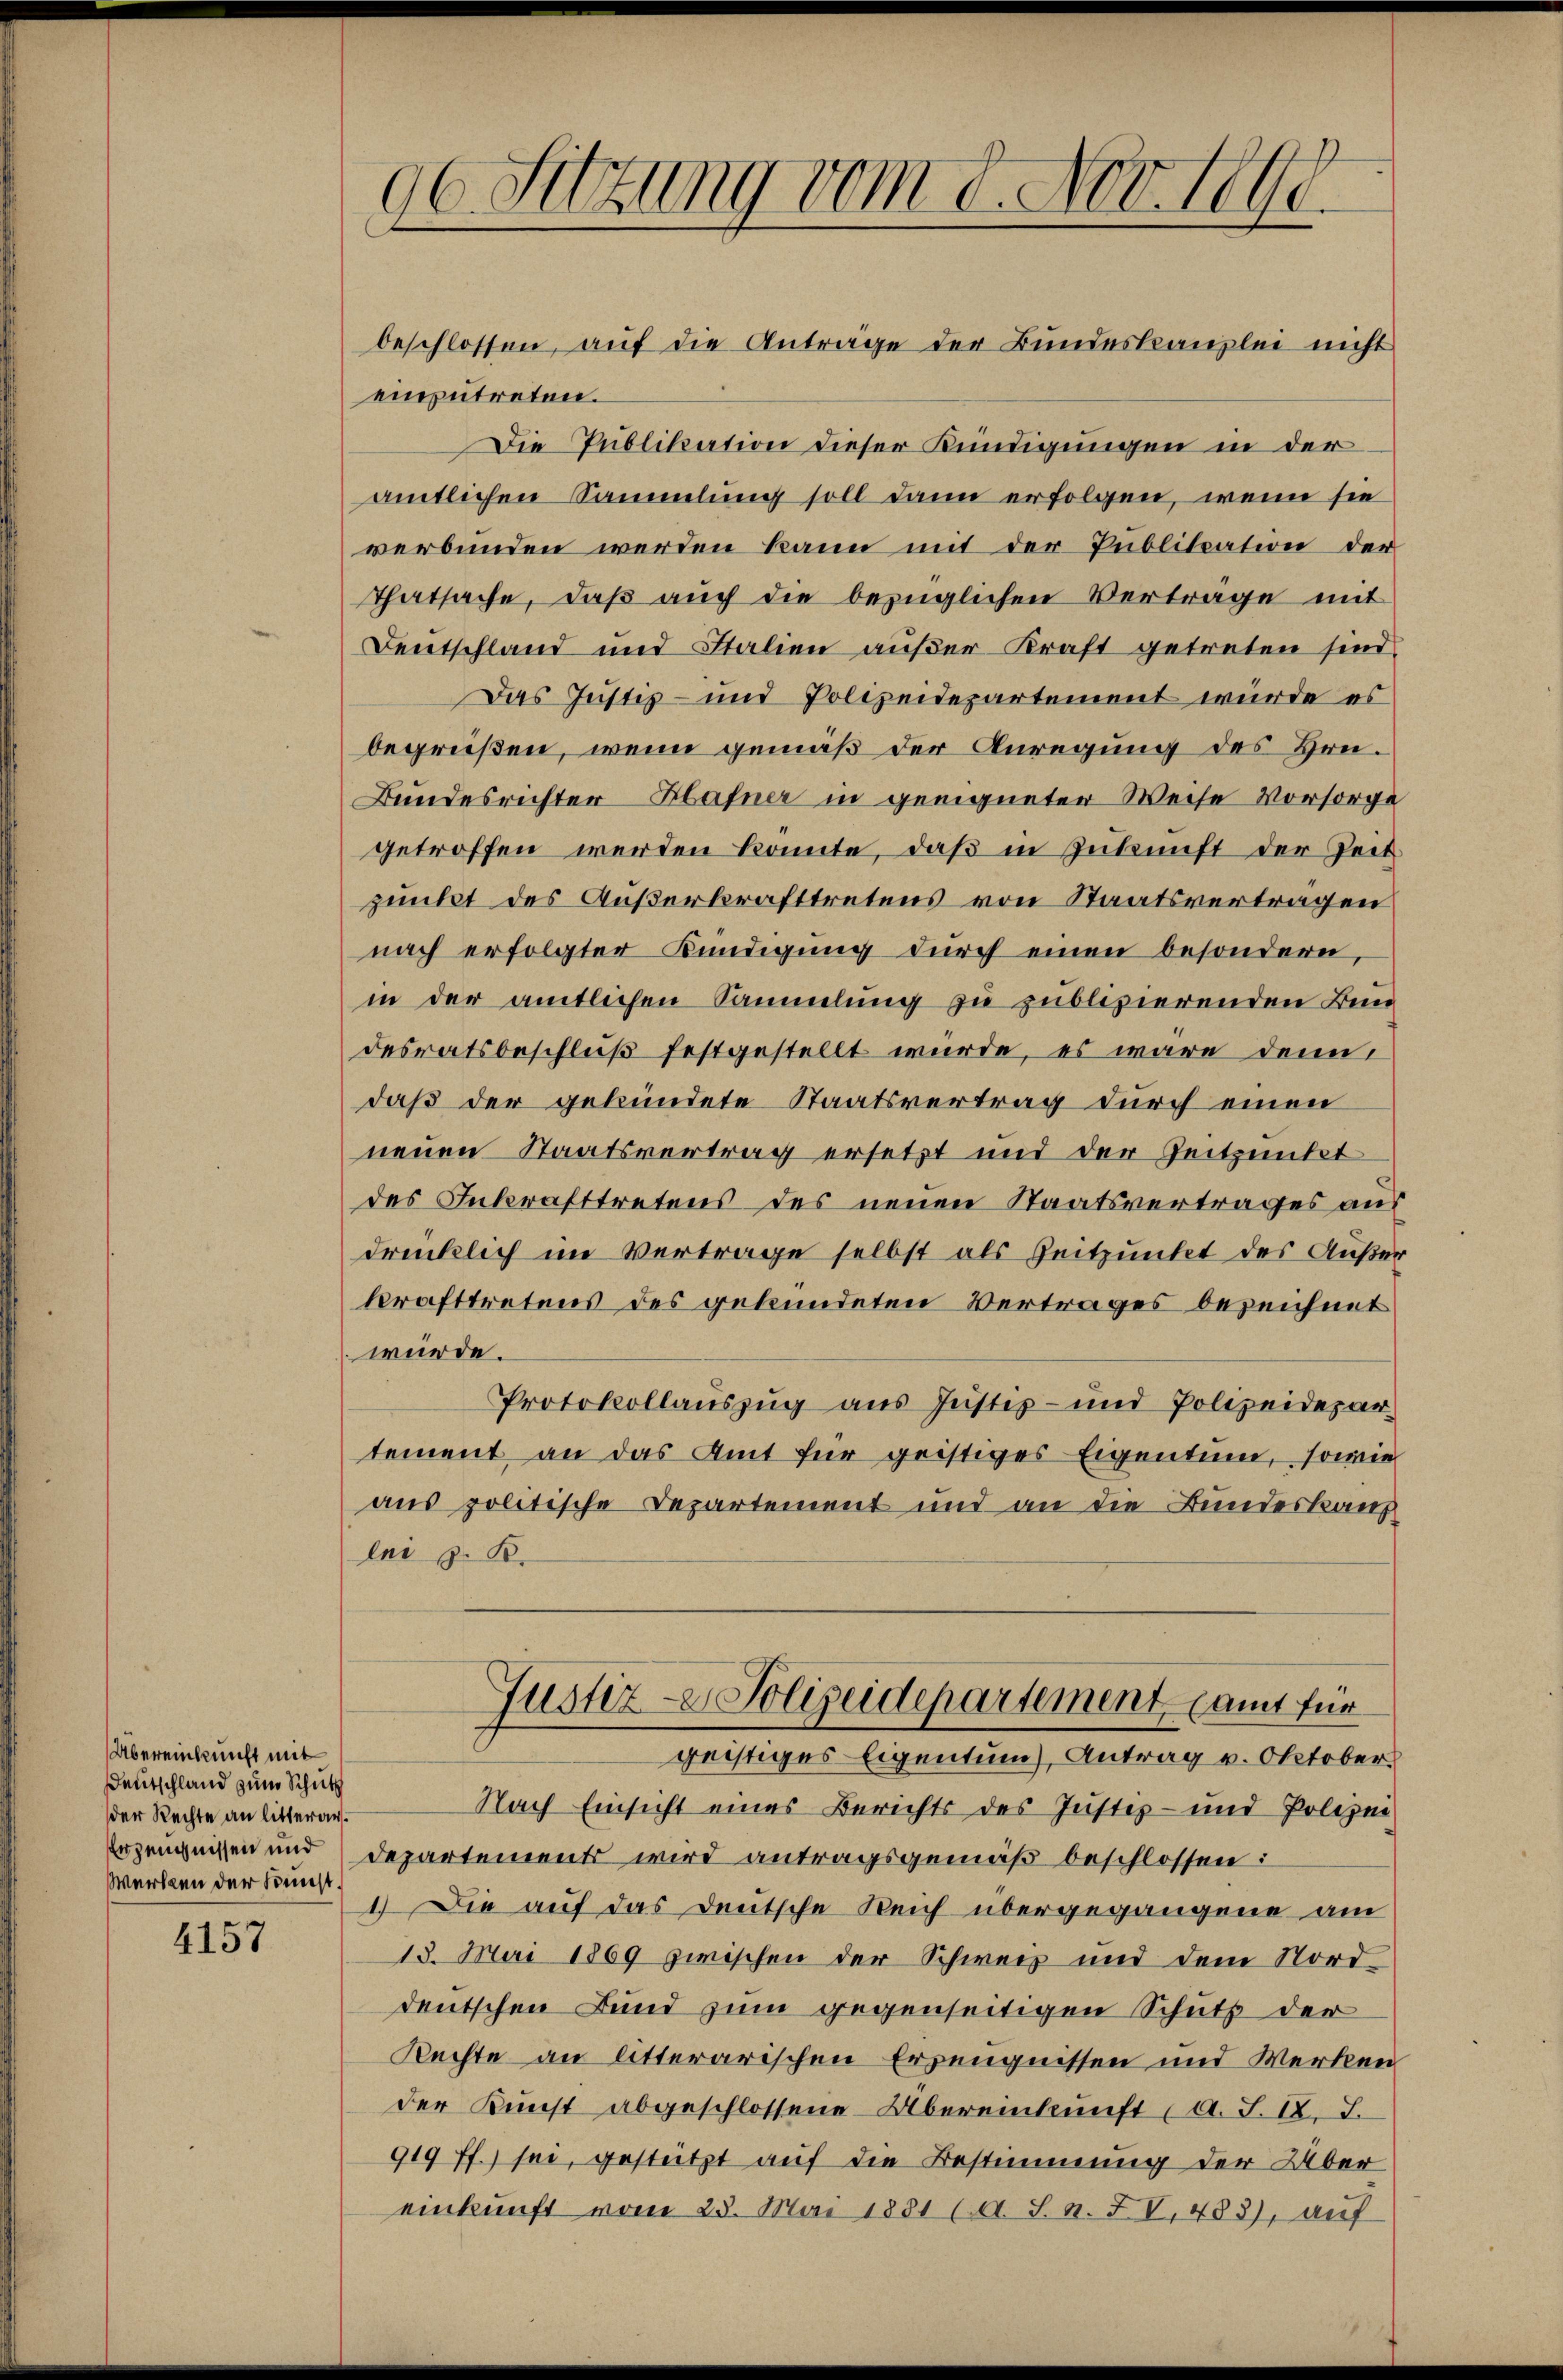
Übereinkunft mit
Deutschland zum Schutz
der Rechte an litterar.
Werken der Seest¬

4157

96 Sitzung vom 8. Nov. 1891.
beschlossen, aŭf die Anträge der Bundeskanzlei nicht

einzutreten.
Die Publikation dieser Kündigungen in der
amtlichen Sammlung soll dann erfolgen, wenn sie
verbunden werden kann mit der Publikation der
Thatsache, daß auch die bezüglichen Verträge mit
Deutschland und Stalien außer Kraft getreten sind.
Das Justiz- und Polizeidepartement wurde es
begrüßen, wenn gemäß der Anregung des Hrn¬
Bundesrichter Hafner in geeigneter Weise Vorsorge
getroffen werden könnte, daß in Zukunft der Zeit
punkt des Außerkrafttretens von Staatsverträgen
nach erfolgter Kündigŭng dŭrch einen besondern,
in der amtlichen Sammlung zu publizierenden Bun
desratsbeschluß festgestellt würde, es wäre denn
daß der gekündete Staatsvertrag durch einen
neuen Staatsvertrag ersetzt und der Zeitpunkt
des Inkrafttretens des neuen Staatsvertrages aus
drücklich im Vertrage selbst als Zeitpunkt des Außer
krafttretens des gekündeten Vertrages bezeichnet
würde.
Protokollauszug aus Justiz- und Polizeidepar-
tement an das Amt für geistiges Eigentum, sowie
aus politische Departement und an die Bundeskauf
lei z. B.
Justiz- & Polizeidepartement samt für
geistiges Eigentum), Antrag v. Oktober
Nach Einsicht eines Berichts des Justiz- und Polizei
Erzeugnissen und Departement wird antragsgemäß beschlossen:
1.) Die auf das Deutsche Reich übergegangene am
13. Mai 1869 zwischen der Schweiz und dem Norddeutschen Bund zum gegenseitigen Schutz der
Rechte an litterarischen Erzeugnissen und Werken
der Kunst abgeschlossene Übereinkunft d. J. A. S.
919 ff.) sei, gestützt auf die Bestimmung der Über
einkunft vom 23. Mai 1881 (d. S. n. XV, 483), auf